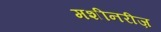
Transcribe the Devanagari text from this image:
मशीनरीज़